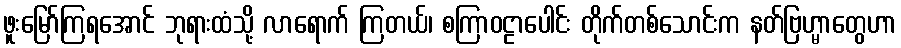
ဖူးမြော်ကြရအောင် ဘုရားထံသို့ လာရောက် ကြတယ်၊ စကြာဝဠာပေါင်း တိုက်တစ်သောင်းက နတ်ဗြဟ္မာတွေဟာ